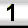
Digit: 1